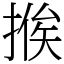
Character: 𢰇